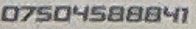
07504588841